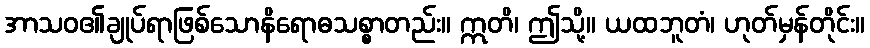
အာသဝ၏ချုပ်ရာဖြစ်သောနိရောဓသစ္စာတည်း။ ဣတိ၊ ဤသို့။ ယထဘူတံ၊ ဟုတ်မှန်တိုင်း။